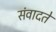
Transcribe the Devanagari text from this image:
संवादते